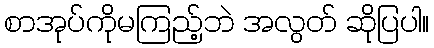
စာအုပ်ကိုမကြည့်ဘဲ အလွတ် ဆိုပြပါ။